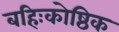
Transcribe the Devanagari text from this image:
बहिःकोष्ठिक